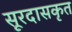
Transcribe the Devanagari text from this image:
सूरदासकृत